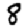
Digit: 8